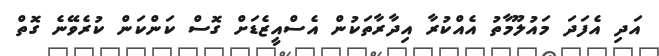
އަދި އެފަދަ މައުލޫމާތު އެއްކުރާ އިދާރާތަކުން އެސްއީޒެޑަށް ގޮސް ކަންކަން ކުރެވޭނެ ގޮތް